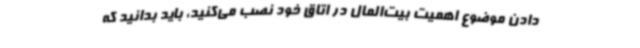
دادن موضوع اهمیت بیت‌المال در اتاق خود نصب می‌کنید، باید بدانید که